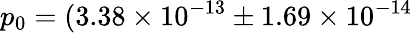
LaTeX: p_{0}=(3.38\times 10^{-13}\pm 1.69\times 10^{-14}